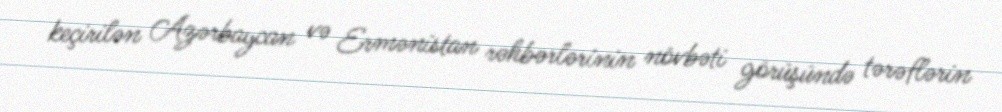
keçirilən Azərbaycan və Ermənistan rəhbərlərinin növbəti görüşündə tərəflərin